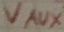
Text: VAUX